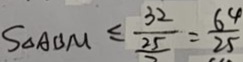
S _ { \Delta A B M } \leq \frac { 3 2 } { \frac { 2 5 } { 7 } } = \frac { 6 4 } { 2 5 }